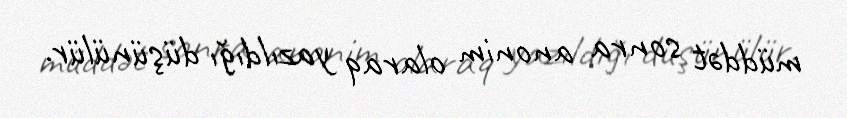
müddət sonra anonim olaraq yazıldığı düşünülür.